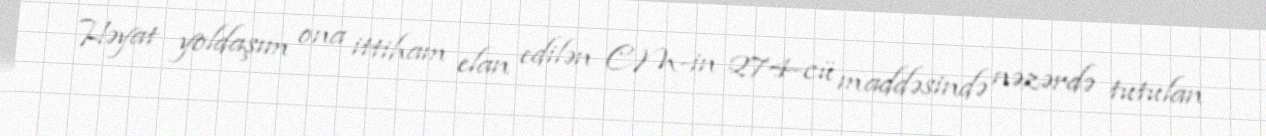
Həyat yoldaşım ona ittiham elan edilən CM-in 274-cü maddəsində nəzərdə tutulan